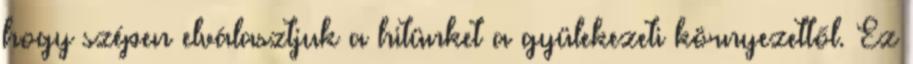
hogy szépen elválasztjuk a hitünket a gyülekezeti környezettől. Ez